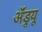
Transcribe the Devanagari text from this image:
ॲंड्र्यू